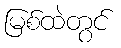
မြစ်ထဲတွင်